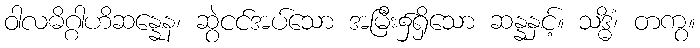
ဝါလဓိဂ္ဂါဟိဆန္နေန၊ ဆွဲငင်အပ်သော အမြီး၌ရှိသော ဆန္နနှင့်။ သဒ္ဓိံ၊ တကွ။